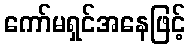
ကော်မရှင်အနေဖြင့်